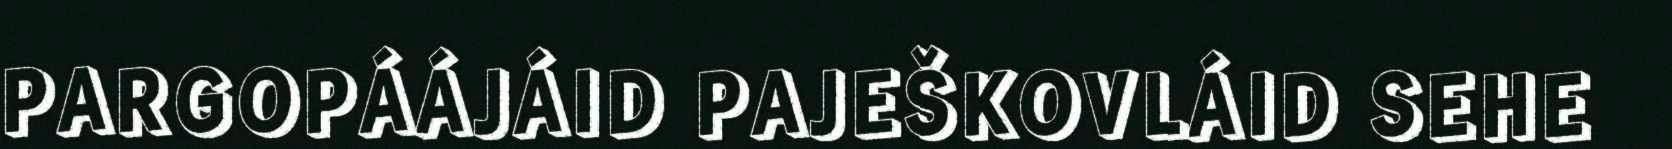
PARGOPÁÁJÁID PAJEŠKOVLÁID SEHE